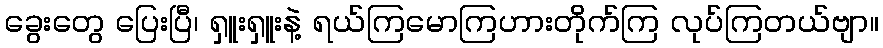
ခွေးတွေ ပြေးပြီ၊ ရှူးရှူးနဲ့ ရယ်ကြမောကြဟားတိုက်ကြ လုပ်ကြတယ်ဗျာ။